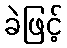
ခဲဖြင့်